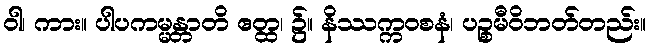
ဝါ၊ ကား။ ပါပကမ္မန္တာတိ ဧတ္ထ၊ ၌။ နိဿက္ကဝစနံ၊ ပဉ္စမီဝိဘတ်တည်း။